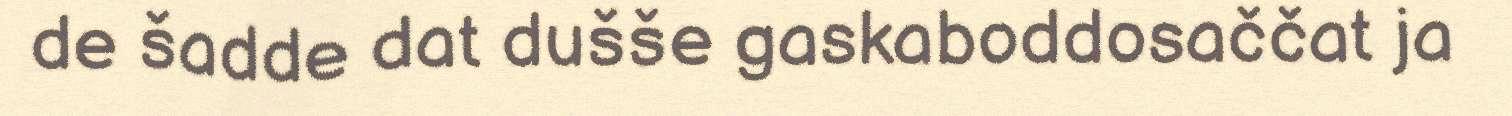
de šadde dat dušše gaskaboddosaččat ja